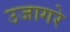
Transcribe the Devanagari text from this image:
उजागरे